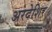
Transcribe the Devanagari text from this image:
अरदेशिर